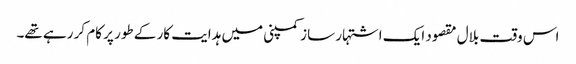
اس وقت بلال مقصود ایک اشتہار ساز کمپنی میں ہدایت کار کے طور پر کام کر رہے تھے۔